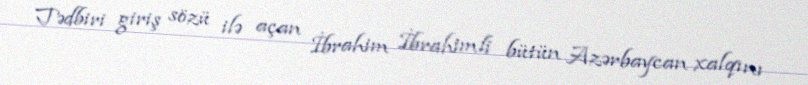
Tədbiri giriş sözü ilə açan İbrahim İbrahimli bütün Azərbaycan xalqını